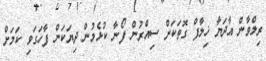
ރިލްވާން އާދަޔާ ޚިލާފް ގޮތަކަށް ސިއްރުން ފޯނާ ކުޅެމުން ދިޔަކަން ފާހަގަވި ކަމަށް